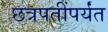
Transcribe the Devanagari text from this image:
छत्रपतींपर्यंत